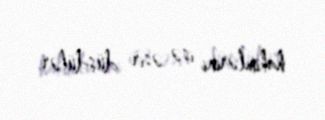
hakimlərini isə əsir düşdülər.